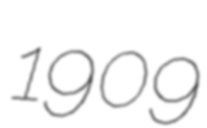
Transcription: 1909